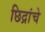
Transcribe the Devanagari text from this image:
छिद्रांचे